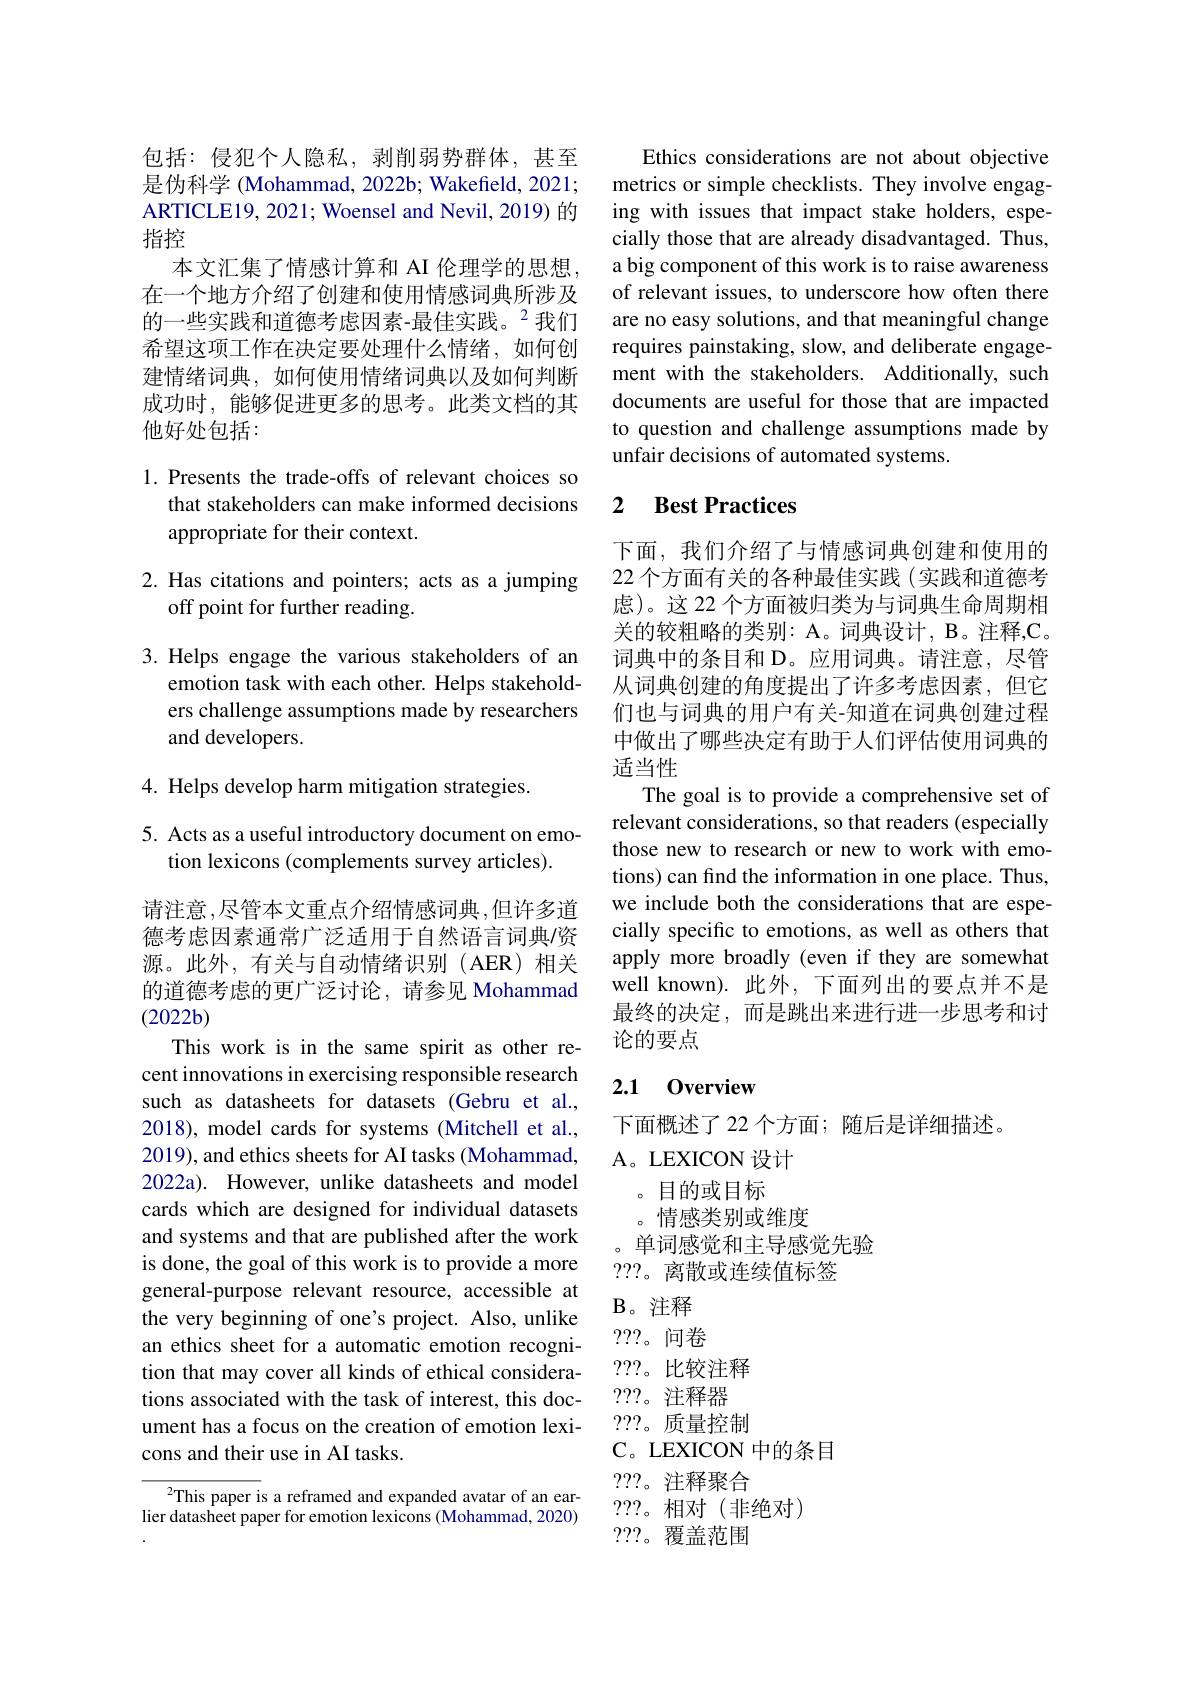
包括：侵犯个人隐私，剥削弱势群体，甚至是伪科学 (Mohammad, 2022b; Wakefield, 2021; ARTICLE19, 2021; Woensel and Nevil, 2019) 的指控
本文汇集了情感计算和 AI 伦理学的思想， 在一个地方介绍了创建和使用情感词典所涉及的一些实践和道德考虑因素-最佳实践。$^{2}$我们希望这项工作在决定要处理什么情绪，如何创建情绪词典，如何使用情绪词典以及如何判断成功时，能够促进更多的思考。此类文档的其他好处包括：

## 1. Presents the trade-offs of relevant choices so that stakeholders can make informed decisions appropriate for their context.

# 2. Has citations and pointers; acts as a jumping off point for further reading.

3.Helps engage the various stakeholders of an
emotion task with each other. Helps stakeholders challenge assumptions made by researchers and developers.

4. Helps develop harm mitigation strategies.

5. Acts as a useful introductory document on emo-
tion lexicons (complements survey articles).

请注意，尽管本文重点介绍情感词典，但许多道德考虑因素通常广泛适用于自然语言词典/资源。此外，有关与自动情绪识别(AER)相关的道德考虑的更广泛讨论，请参见 Mohammad $(2022b)$

This work is in the same spirit as other recent innovations in exercising responsible research such as datasheets for datasets (Gebru et al., 2018), model cards for systems (Mitchell et al., 2019),and ethics sheets for AI tasks (Mohammad, 2022a). However, unlike datasheets and model cards which are designed for individual datasets and systems and that are published after the work is done, the goal of this work is to provide a more general-purpose relevant resource, accessible at the very beginning of one's project. Also, unlike an ethics sheet for a automatic emotion recognition that may cover all kinds of ethical considerations associated with the task of interest, this document has a focus on the creation of emotion lexicons and their use in AI tasks.

$^{2}$This paper is a reframed and expanded avatar of an earlier datasheet paper for emotion lexicons (Mohammad, 2020)

Ethics considerations are not about objective metrics or simple checklists. They involve engaging with issues that impact stake holders, especially those that are already disadvantaged. Thus, a big component of this work is to raise awareness of relevant issues, to underscore how often there are no easy solutions, and that meaningful change requires painstaking, slow, and deliberate engagement with the stakeholders. Additionally, such documents are useful for those that are impacted to question and challenge assumptions made by unfair decisions of automated systems.

## 2 $\textbf{Best Practices}$

下面，我们介绍了与情感词典创建和使用的22 个方面有关的各种最佳实践 (实践和道德考虑)。这 22 个方面被归类为与词典生命周期相关的较粗略的类别：A。词典设计，B。注释，C。词典中的条目和 D。应用词典。请注意，尽管从词典创建的角度提出了许多考虑因素，但它们也与词典的用户有关-知道在词典创建过程中做出了哪些决定有助于人们评估使用词典的适当性
The goal is to provide a comprehensive set of relevant considerations, so that readers (especially those new to research or new to work with emotions) can find the information in one place. Thus, we include both the considerations that are especially specific to emotions, as well as others that apply more broadly (even if they are somewhat well known).此外，下面列出的要点并不是最终的决定，而是跳出来进行进一步思考和讨论的要点

## 2.1 0verview

下面概述了 22 个方面；随后是详细描述。
A。LEXICON 设计
。目的或目标
。情感类别或维度
。单词感觉和主导感觉先验
???。离散或连续值标签
$\mathbf{B}$。注释???。问卷???。比较注释
???。注释器
???。质量控制
C。LEXICON 中的条目
???。注释聚合
???。相对(非绝对)
???。覆盖范围